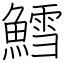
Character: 鱈